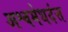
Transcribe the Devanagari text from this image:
अश्वमेधदंत्त